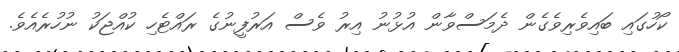
ކޯހުގައި ބައިވެރިވެގެން ދެމަސްވާން އުޅުނު އިރު ވެސް އަރުފީނުގެ ރައްޓެހި ކުއްޖަކު ނުހުރެއެވެ.